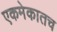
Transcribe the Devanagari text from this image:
एकमेकातच